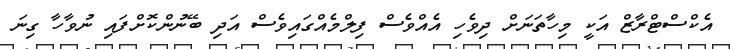
އެކްސްޓްރާޒް އަކީ މިހާތަނަށް ދިވެހި އެއްވެސް ފިލްމެއްގައިވެސް އަދި ބޭނުންކޮށްފައި ނުވާހާ ގިނަ